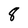
Character: 8